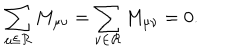
\sum _ { \mu \in { \cal R } } M _ { \mu \nu } = \sum _ { \nu \in { \cal R } } M _ { \mu \nu } = 0 .